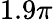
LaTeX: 1.9\pi